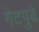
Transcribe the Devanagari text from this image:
गेटपुढे